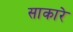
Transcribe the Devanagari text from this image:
साकारे